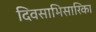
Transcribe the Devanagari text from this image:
दिवसाभिसारिका